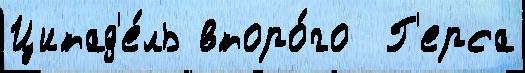
Цитад'е́ль второ́го  Г'ерса